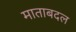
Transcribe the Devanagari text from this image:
माताबदल